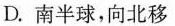
D.南半球，向北移